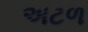
અટળ